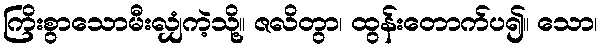
ကြိးစွာသောမီးလျှံကဲ့သို့။ ဇလိတွာ၊ ထွန်းတောက်ပ၍။ သော၊